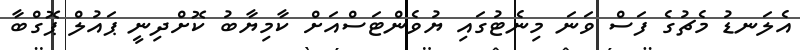
އެލަނޑު މެޗުގެ ފަސް ވަނަ މިނެޓުގައި ޔުވެންޓަސްއަށް ކާމިޔާބު ކޮށްދިނީ ޕައުލް ޕޮގްބާ